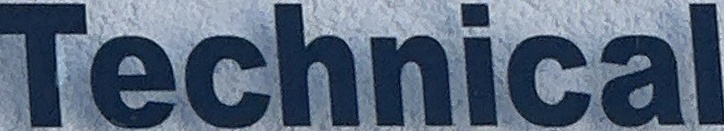
Technical